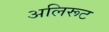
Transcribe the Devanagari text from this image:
अलिरूट